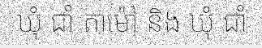
ឃុំ ជាំ តាម៉ៅ និង ឃុំ ជាំ